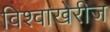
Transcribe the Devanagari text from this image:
विश्वाखेरीज